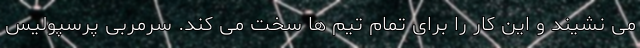
می نشیند و این کار را برای تمام تیم ها سخت می کند. سرمربی پرسپولیس